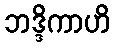
ဘဒ္ဒိကာဟိ